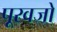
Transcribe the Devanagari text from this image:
पूरवजो